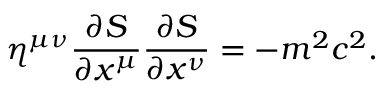
\eta ^ { \mu \nu } { \frac { \partial S } { \partial x ^ { \mu } } } { \frac { \partial S } { \partial x ^ { \nu } } } = - m ^ { 2 } c ^ { 2 } .